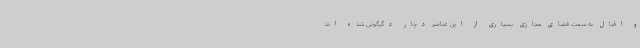
و اقبال به سمت فضای مجازی بسیاری از این عناصر دچار دگرگونی شده اند.